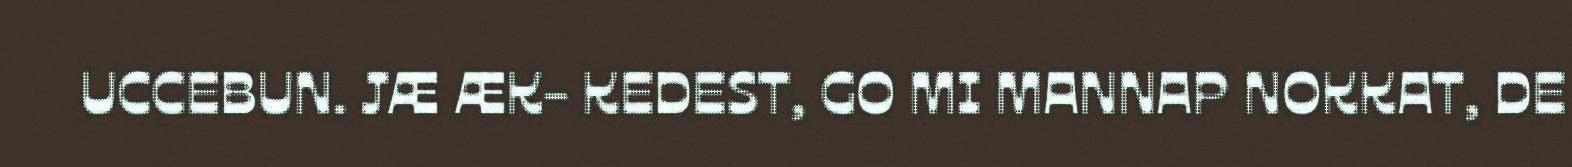
UCCEBUN. JÆ ÆK- KEDEST, GO MI MANNAP NOKKAT, DE